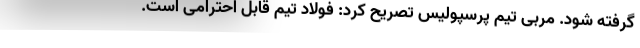
گرفته شود. مربی تیم پرسپولیس تصریح کرد: فولاد تیم قابل احترامی است.